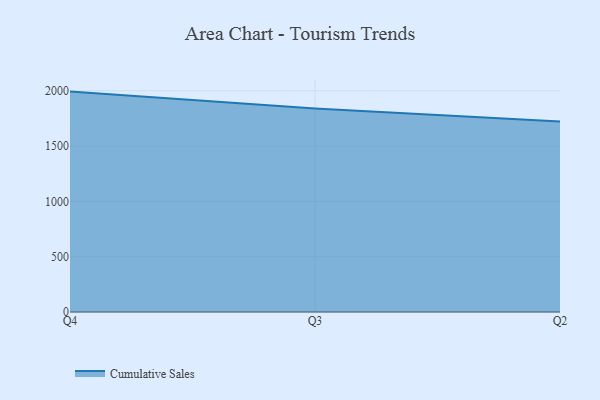
{"axis": {"x": "Quarter", "y": "Latency (ms)"}, "legend": ["Cumulative Sales"], "data": [{"x": "Q4", "y": 1992.5, "type": "Cumulative Sales"}, {"x": "Q3", "y": 1838.8, "type": "Cumulative Sales"}, {"x": "Q2", "y": 1722.4, "type": "Cumulative Sales"}]}